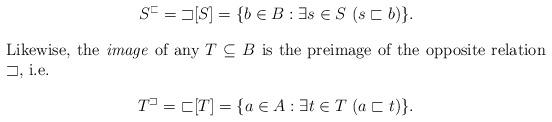
LaTeX: \begin{align*}S^\sqsubset=\mathop{\sqsupset}[S]=\{b\in B:\exists s\in S\ (s\sqsubset b)\}.\\\intertext{Likewise, the \emph of any $T\subseteq B$ is the preimage of the opposite relation $\sqsupset$, i.e.}T^\sqsupset=\mathop{\sqsubset}[T]=\{a\in A:\exists t\in T\ (a\sqsubset t)\}.\end{align*}